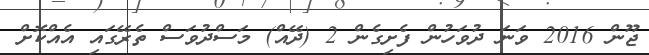
ޖޫން 2016 ވަނަ ދުވަހުން ފެށިގެން 2 (ދޭއް) މަސްދުވަސް ތެރޭގައި އެއްކޮށް